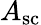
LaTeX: A_{\mathrm{sc}}